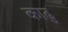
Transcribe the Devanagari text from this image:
काढु